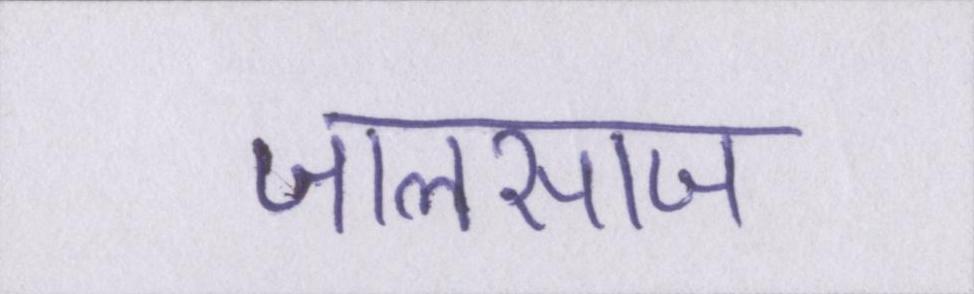
जालसाज